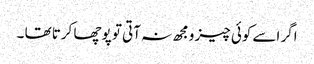
اگر اسے کوئی چیز ومجھ نہ آتی تو پوچھا کرتا تھا ۔